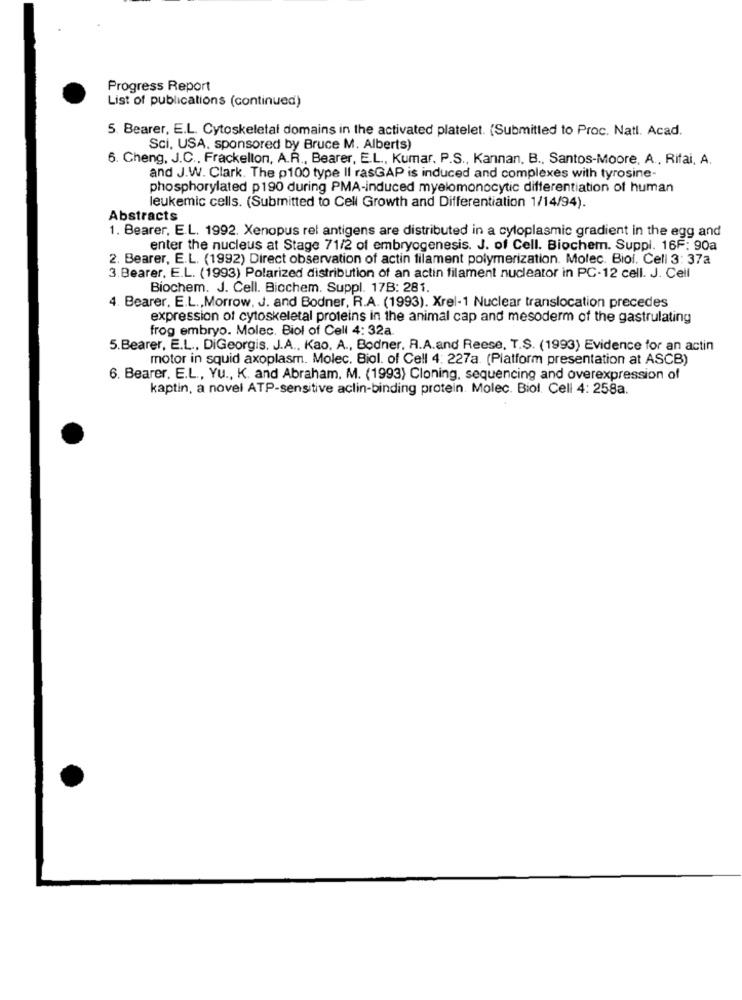
Progress Report
List of publications (continued)
5. Bearer, E.L. Cytoskeletal domains in the activated platelet. (Submitted to Proc. Natl. Acad.
Sci, USA, sponsored by Bruce M. Alberts)
6. Cheng, J.C ., Frackellon, A.R ., Bearer, E.L ., Kumar, P.S ., Kannan, B ., Santos-Moore, A ., Rifai, A.
and J.W. Clark. The p100 type Il rasGAP is induced and complexes with tyrosine-
phosphorylated p190 during PMA-induced myelomonocytic differentiation of human
leukemic cells. (Submitted to Cell Growth and Differentiation 1/14/94).
Abstracts
1. Bearer, E.L. 1992. Xenopus rel antigens are distributed in a cyloplasmic gradient in the egg and
enter the nucleus at Stage 71/2 of embryogenesis. J. of Cell. Biochem. Suppl. 16F: 90a
2. Bearer, E.L. (1992) Direct observation of actin filament polymerization. Molec. Biol. Cell 3: 37a
3.Bearer, E.L. (1993) Polarized distribution of an actin filament nucleator in PC-12 cell. J. Cell
Biochem. J. Cell. Biochem. Suppl. 17B: 281.
4. Bearer, E.L ., Morrow, J. and Bodner, R.A. (1993). Xrel-1 Nuclear translocation precedes
expression of cytoskeletal proteins in the animal cap and mesoderm of the gastrulating
frog embryo. Molec. Biol of Cell 4: 32a.
5.Bearer, E.L ., DiGeorgis. J.A ., Kao, A ., Bodner, R.A.and Reese, T.S. (1993) Evidence for an actin
motor in squid axoplasm. Molec. Biol. of Cell 4: 227a. (Platform presentation at ASCB)
6. Bearer, E.L ., YU ., K. and Abraham, M. (1993) Cloning, sequencing and overexpression of
kaptin, a novel ATP-sensitive aclin-binding protein. Molec. Biol. Cell 4: 258a.